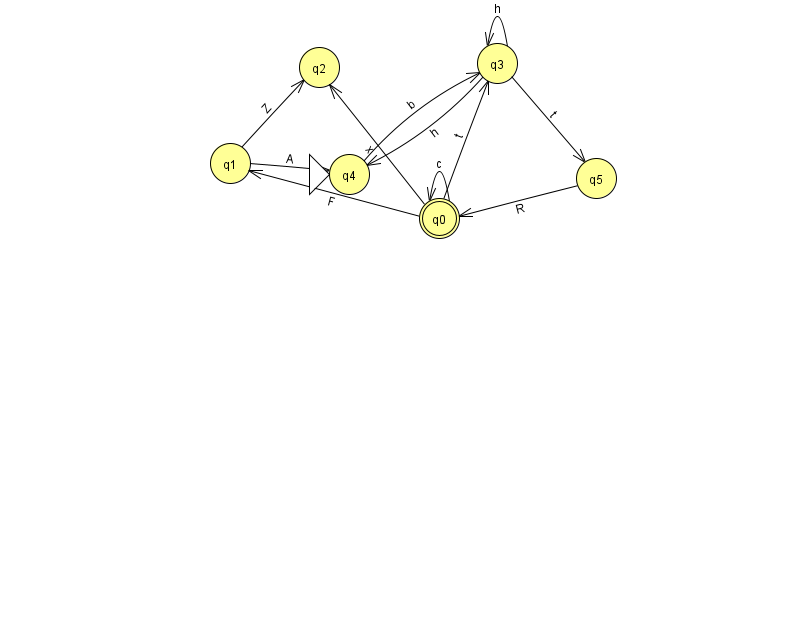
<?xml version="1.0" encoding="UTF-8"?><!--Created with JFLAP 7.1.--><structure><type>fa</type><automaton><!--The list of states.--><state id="0" name="q0"><x>439.0</x><y>205.0</y><final/></state><state id="1" name="q1"><x>230.0</x><y>150.0</y></state><state id="2" name="q2"><x>319.0</x><y>54.0</y></state><state id="3" name="q3"><x>497.0</x><y>50.0</y></state><state id="4" name="q4"><x>349.0</x><y>161.0</y><initial/></state><state id="5" name="q5"><x>596.0</x><y>165.0</y></state><!--The list of transitions.--><transition><from>1</from><to>4</to><read>A</read></transition><transition><from>5</from><to>0</to><read>R</read></transition><transition><from>0</from><to>0</to><read>c</read></transition><transition><from>1</from><to>2</to><read>Z</read></transition><transition><from>4</from><to>3</to><read>b</read></transition><transition><from>0</from><to>3</to><read>t</read></transition><transition><from>3</from><to>3</to><read>h</read></transition><transition><from>3</from><to>5</to><read>t</read></transition><transition><from>0</from><to>1</to><read>F</read></transition><transition><from>0</from><to>2</to><read>x</read></transition><transition><from>3</from><to>4</to><read>h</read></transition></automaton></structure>